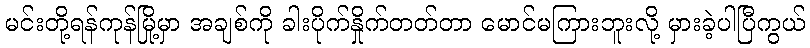
မင်းတို့ရန်ကုန်မြို့မှာ အချစ်ကို ခါးပိုက်နှိုက်တတ်တာ မောင်မကြားဘူးလို့ မှားခဲ့ပါပြီကွယ်